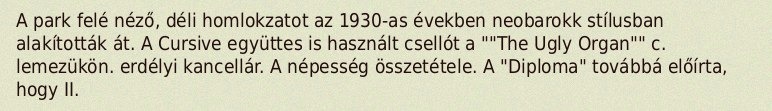
A park felé néző, déli homlokzatot az 1930-as években neobarokk stílusban alakították át. A Cursive együttes is használt csellót a ""The Ugly Organ"" c. lemezükön. erdélyi kancellár. A népesség összetétele. A "Diploma" továbbá előírta, hogy II.